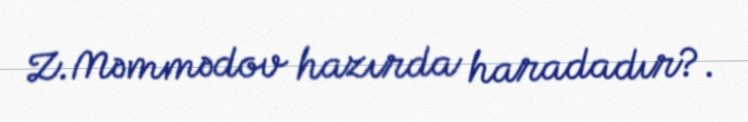
Z.Məmmədov hazırda haradadır?.